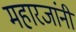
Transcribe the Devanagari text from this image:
महारजांनी